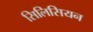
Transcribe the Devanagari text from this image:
सिलिसियन